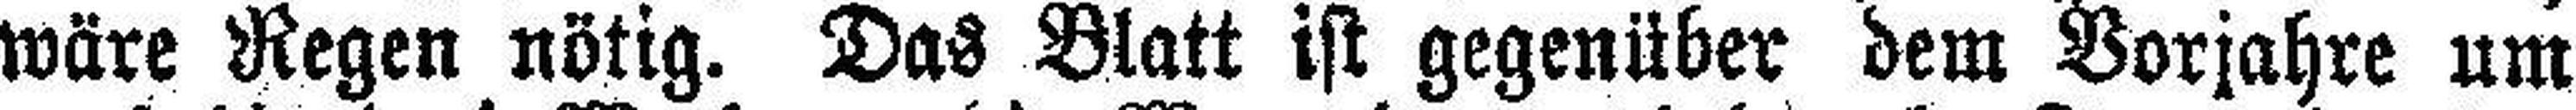
wäre Regen nötig. Das Blatt ist gegenüber dem Vorjahre um